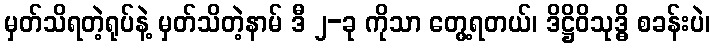
မှတ်သိရတဲ့ရုပ်နဲ့ မှတ်သိတဲ့နာမ် ဒီ ၂-ခု ကိုသာ တွေ့ရတယ်၊ ဒိဋ္ဌိဝိသုဒ္ဓိ စခန်းပဲ၊